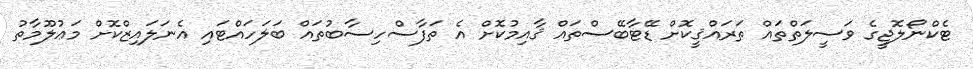
ޓެކްނޯލޮޖީގެ ވަސީލަތްތައް ތަރައްޤީކޮށް ޑޭޓާބޭސްތައް ޤާއިމުކޮށް އެ ތަފާސްހިސާބުތައް ބަލަހައްޓައި އެނަލައިޒްކޮށް މަޢުލޫމާތު